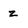
Character: z